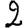
Digit: 2